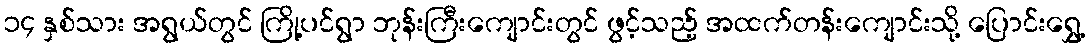
၁၄ နှစ်သား အရွယ်တွင် ကြို့ပင်ရွာ ဘုန်းကြီးကျောင်းတွင် ဖွင့်သည့် အထက်တန်းကျောင်းသို့ ပြောင်းရွှေ့